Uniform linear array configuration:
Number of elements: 16
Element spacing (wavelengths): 1
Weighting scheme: hann
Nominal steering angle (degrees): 15
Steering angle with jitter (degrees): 14.383
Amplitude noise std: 0.05
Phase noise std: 0.05

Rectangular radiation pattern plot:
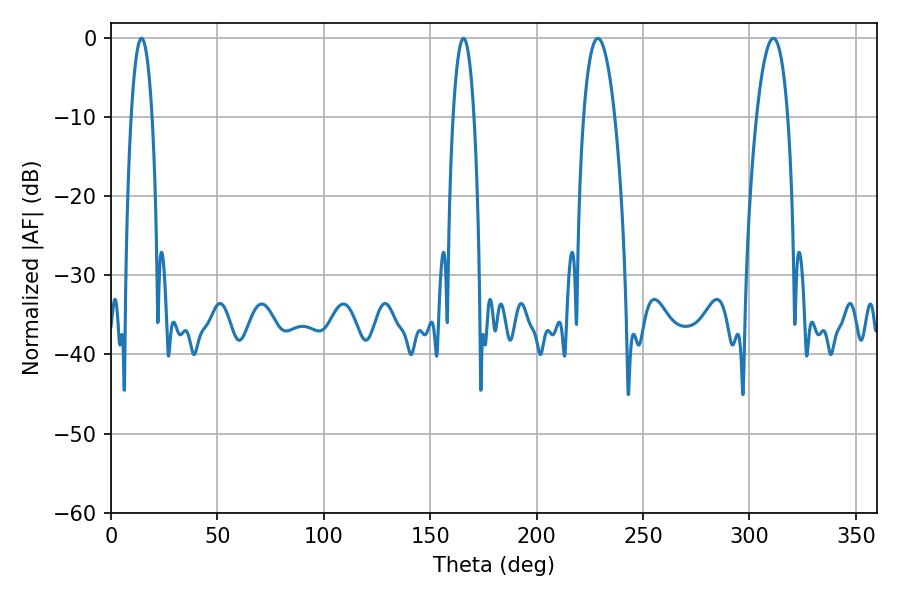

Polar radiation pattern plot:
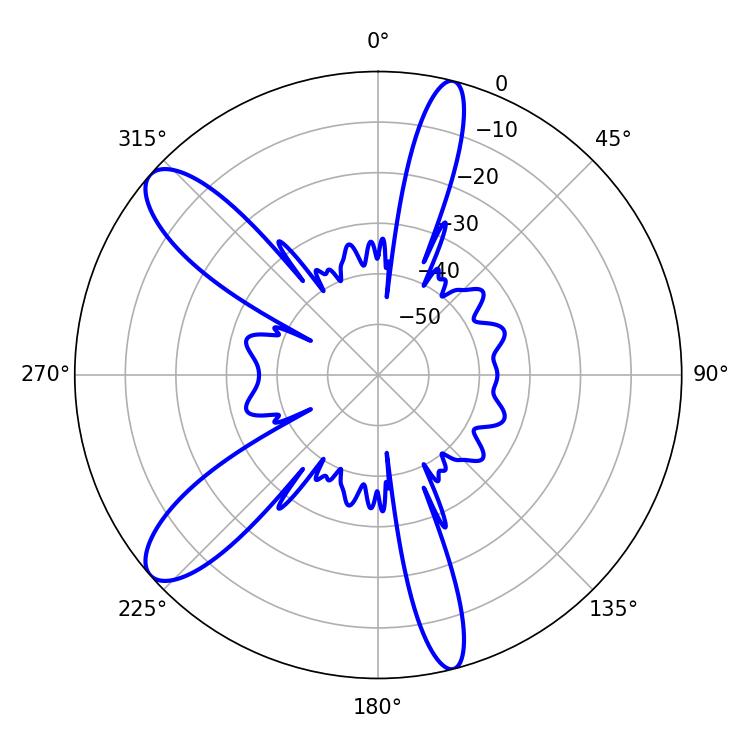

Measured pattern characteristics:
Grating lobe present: TRUE
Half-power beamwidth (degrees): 8.28
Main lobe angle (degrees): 228.78